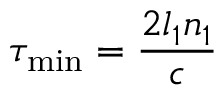
\tau _ { \mathrm { m i n } } = \frac { 2 l _ { 1 } n _ { 1 } } { c }